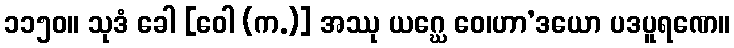
၁၁၅၀။ သုဒံ ခေါ [ဝေါ (က.)] အဿု ယဂ္ဃေ ဝေ၊ဟာ’ဒယော ပဒပူရဏေ။